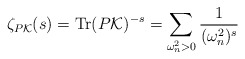
\begin{align*}\zeta_{P {\cal K}}(s)={\rm Tr}(P{\cal K})^{-s}=\sum_{\omega_n^2>0}\frac{1}{(\omega_n^2)^s}\end{align*}